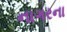
નાગરના